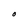
Character: O